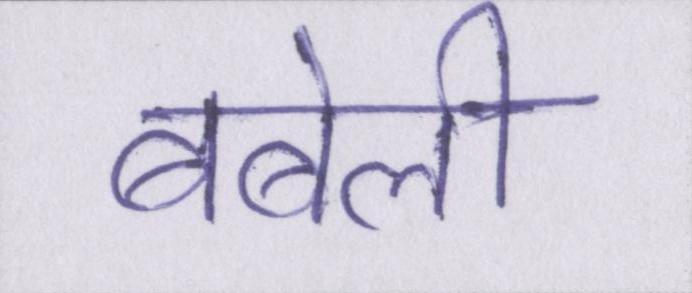
बबेली